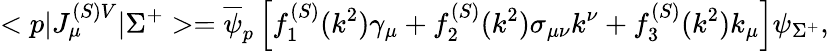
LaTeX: <p|J_{\mu}^{(S)V}|\Sigma^{+}>=\overline{{\psi}}_{p}\left[f_{1}^{(S)}(k^{2})\gamma_{\mu}+f_{2}^{(S)}(k^{2})\sigma_{\mu\nu}k^{\nu}+f_{3}^{(S)}(k^{2})k_{\mu}\right]\psi_{\Sigma^{+}},